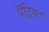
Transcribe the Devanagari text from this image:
पॅट्रियट